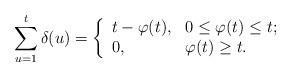
LaTeX: \begin{align*}\sum_{u=1}^{t}\delta(u)=\left\{\begin{array}{ll} t-\varphi(t), & \hbox{$0\leq\varphi(t)\leq t$;} \\ 0, & \hbox{$\varphi(t)\geq t$.} \\\end{array}\right.\end{align*}